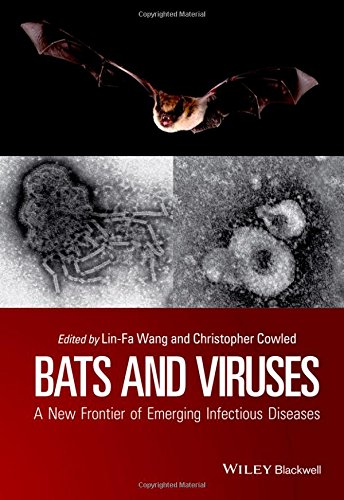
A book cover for Bats and Viruses: A New Frontier of Emerging Infectious Diseases; Medical Books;